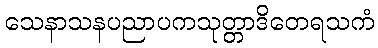
သေနာသနပညာပကသုတ္တာဒိတေရသကံ